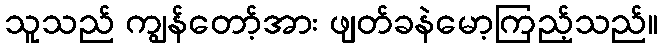
သူသည် ကျွန်တော့်အား ဖျတ်ခနဲမော့ကြည့်သည်။